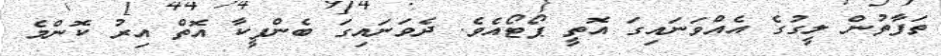
ތަފާތުން ލީގުގެ އެއްވަނައިގަ އޮތީ ޕޯޓޯއެވެ. ދެވަނައިގަ ބެންފީކާ އޮތް އިރު ކޮންމެ